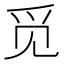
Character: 觅